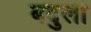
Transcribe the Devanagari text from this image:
बदुला